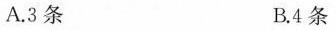
A.3条 B.4条